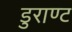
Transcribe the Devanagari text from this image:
डुराण्ट